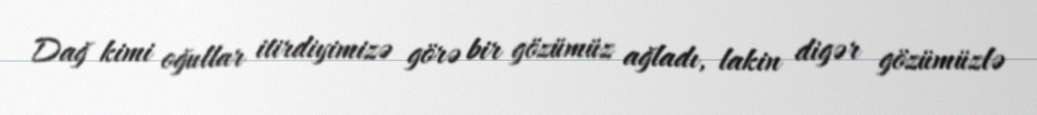
Dağ kimi oğullar itirdiyimizə görə bir gözümüz ağladı, lakin digər gözümüzlə